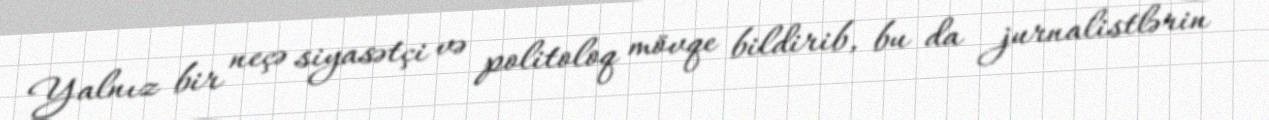
Yalnız bir neçə siyasətçi və politoloq mövqe bildirib, bu da jurnalistlərin